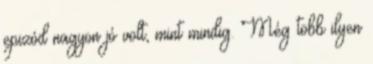
epizód nagyon jó volt, mint mindig. Még több ilyen